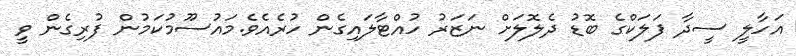
އަހާލީ ސީދާ ފަލަކްގެ ބޮޑު ދެލޮލަށް ނަޒަރު ހުއްޓާލައިގެން ހުރެއެވެ.މައުސޫމުކަމުން ފުރިގެން ވީ